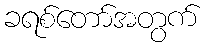
ခရစ်တော်အတွက်